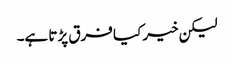
لیکن خیر کیا فرق پڑتا ہے۔